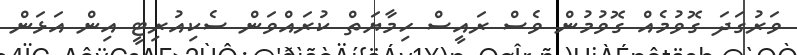
ވަރުގަދަ ގޮވުމެއް ގޮވުމުން ވެސް ރައީސް ހިމާޔަތް ކުރައްވަން ސެކިއުރިޓީ އިން އަޅަން